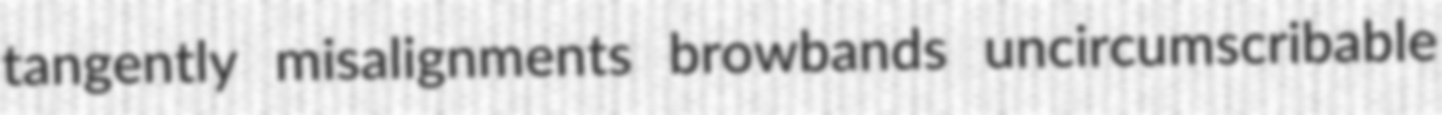
tangently misalignments browbands uncircumscribable